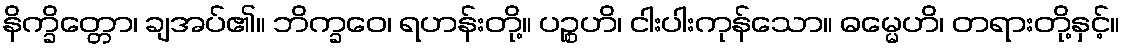
နိက္ခိတ္တော၊ ချအပ်၏။ ဘိက္ခဝေ၊ ရဟန်းတို့။ ပဉ္စဟိ၊ ငါးပါးကုန်သော။ ဓမ္မေဟိ၊ တရားတို့နှင့်။